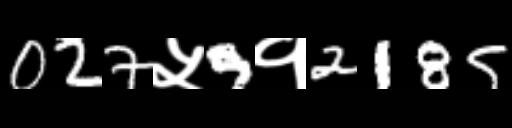
Text: 027५9१2185